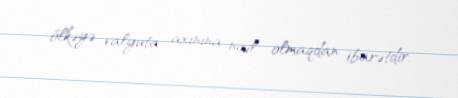
ölkəyə valyuta axınına nail olmaqdan ibarətdir.